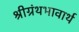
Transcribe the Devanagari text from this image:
श्रीग्रंथभावार्थ